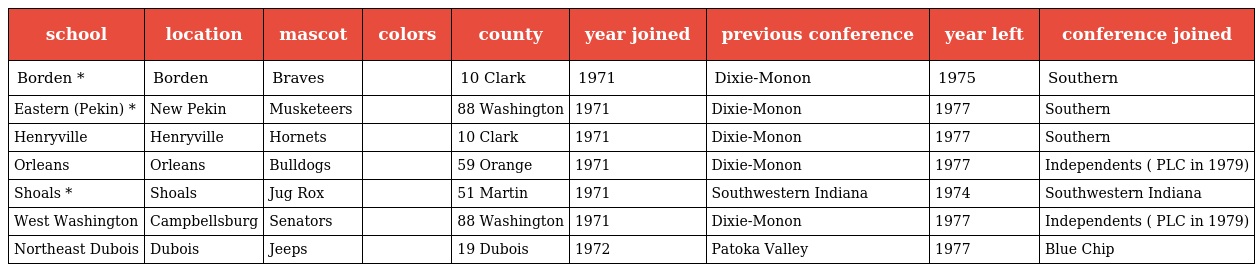
| school | location | mascot | colors | county | year joined | previous conference | year left | conference joined |
 | --- | --- | --- | --- | --- | --- | --- | --- | --- |
 | Borden * | Borden | Braves |  | 10 Clark | 1971 | Dixie-Monon | 1975 | Southern |
 | Eastern (Pekin) * | New Pekin | Musketeers |  | 88 Washington | 1971 | Dixie-Monon | 1977 | Southern |
 | Henryville | Henryville | Hornets |  | 10 Clark | 1971 | Dixie-Monon | 1977 | Southern |
 | Orleans | Orleans | Bulldogs |  | 59 Orange | 1971 | Dixie-Monon | 1977 | Independents ( PLC in 1979) |
 | Shoals * | Shoals | Jug Rox |  | 51 Martin | 1971 | Southwestern Indiana | 1974 | Southwestern Indiana |
 | West Washington | Campbellsburg | Senators |  | 88 Washington | 1971 | Dixie-Monon | 1977 | Independents ( PLC in 1979) |
 | Northeast Dubois | Dubois | Jeeps |  | 19 Dubois | 1972 | Patoka Valley | 1977 | Blue Chip |